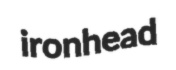
ironhead